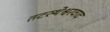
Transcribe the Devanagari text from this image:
तटस्थेश्वरवाद